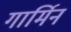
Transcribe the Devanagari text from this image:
गार्मिन